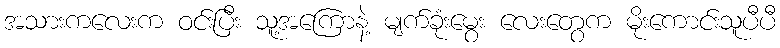
အသားကလေးက ဝင်းပြီး သူ့အကြောနဲ့ မျက်ခုံးမွေး လေးတွေက မိုးကောင်းသူပီပီ